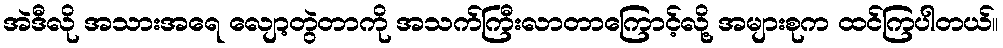
အဲဒီလို အသားအရေ လျော့တွဲတာကို အသက်ကြီးလာတာကြောင့်လို့ အများစုက ထင်ကြပါတယ်။